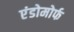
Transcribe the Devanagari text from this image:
एंडोमोर्फ